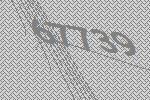
67739